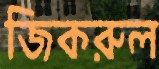
জিকরুল